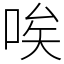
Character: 唉